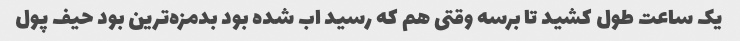
یک ساعت طول کشید تا برسه وقتی هم که رسید اب شده بود بدمزه‌ترین بود حیف پول